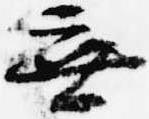
無